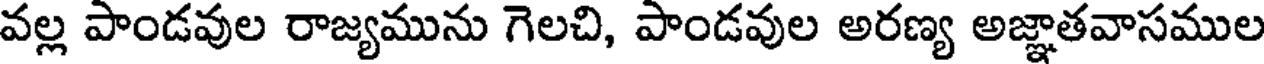
వల్ల పాండవుల రాజ్యమును గెలచి, పాండవుల అరణ్య అజ్ఞాతవాసముల